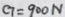
C _ { 7 } = 9 0 0 N